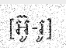
[អ៊ូ-រូ]